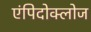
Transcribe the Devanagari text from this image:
एंपिदोक्लोज